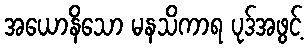
အယောနိသော မနသိကာရ ပုဒ်အဖွင့်